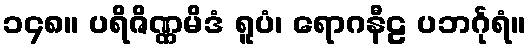
၁၄၈။ ပရိဇိဏ္ဏမိဒံ ရူပံ၊ ရောဂနီဠ ပဘင်္ဂုရံ။